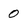
Character: 0